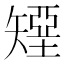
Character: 𰦟